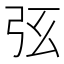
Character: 𢏁